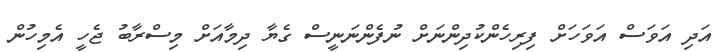
އަދި އަވަސް އަވަހަށް ފިރިހެންކުދިންނަށް ނުފެންނަނީސް ގެޔާ ދިމާއަށް މިސްރާބު ޖެހީ އެމިހުން